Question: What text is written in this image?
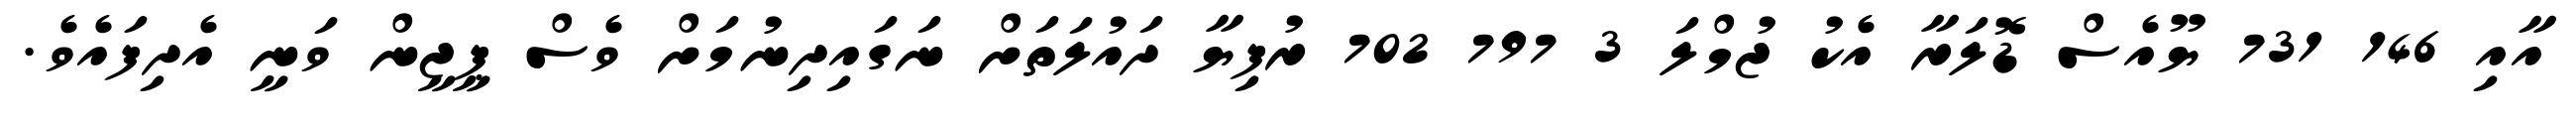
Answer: އާއި 146 731 ޔޫއެސް ޑޮލަރާ އެކު ޖުމްލަ 3 797 702 ރުފިޔާ ދައުލަތަށް ނަގައިދިނުމަށް ވެސް ޕީޖީން ވަނީ އެދިފައެވެ.